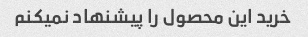
خرید این محصول را پیشنهاد نمیکنم